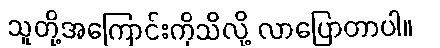
သူတို့အကြောင်းကိုသိလို့ လာပြောတာပါ။